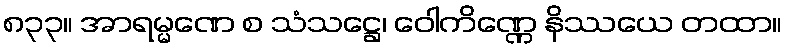
၈၃၃။ အာရမ္မဏေ စ သံသဋ္ဌေ၊ ဝေါကိဏ္ဏေ နိဿယေ တထာ။